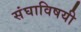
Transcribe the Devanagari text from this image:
संघाविषयी